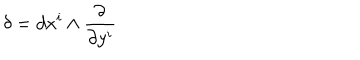
\delta = d x ^ { i } \wedge \frac { \partial } { \partial y ^ { i } }